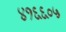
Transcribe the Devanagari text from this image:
४१६६०५